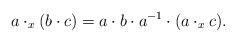
LaTeX: \begin{align*}a\cdot_x (b\cdot c) = a\cdot b\cdot a^{-1} \cdot (a\cdot_x c).\end{align*}